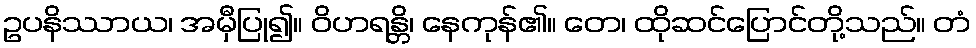
ဥပနိဿာယ၊ အမှီပြု၍။ ဝိဟရန္တိ၊ နေကုန်၏။ တေ၊ ထိုဆင်ပြောင်တို့သည်။ တံ